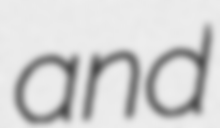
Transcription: and